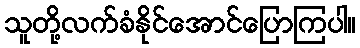
သူတို့လက်ခံနိုင်အောင်ပြောကြပါ။